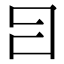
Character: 𤕪